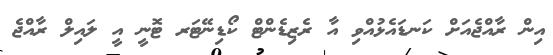
އިން ރާއްޖެއަށް ކަނޑައެޅުއްވި އާ ރެޒިޑެންޓް ކޯޑިނޭޓަރ ޓޮނީ އީ ލައިލް ރާއްޖެ